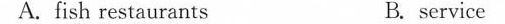
A. fish restaurants B. service